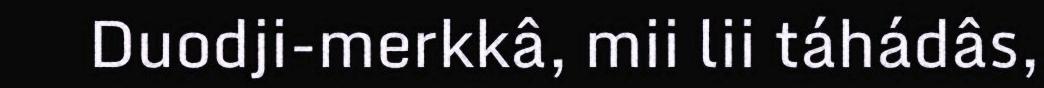
Duodji-merkkâ, mii lii táhádâs,